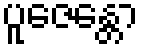
ပူဇေန္တော